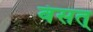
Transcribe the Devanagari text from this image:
वंसत्‌